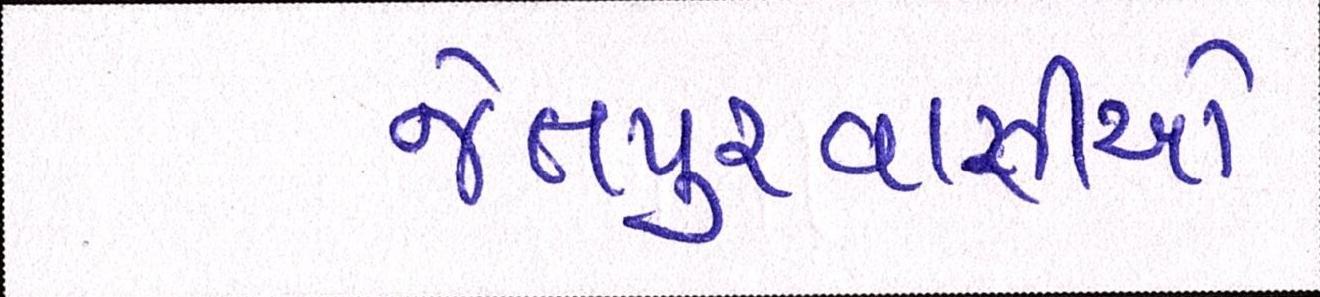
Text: જેતપુરવાસીઓ